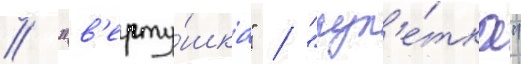
/ "в'ерту́шка" / "рул'е́тка"